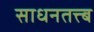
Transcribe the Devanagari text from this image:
साधनतत्त्ब